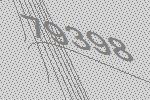
79398